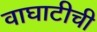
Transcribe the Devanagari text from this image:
वाघाटीची